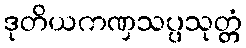
ဒုတိယကဏှသပ္ပသုတ္တံ